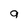
Character: q